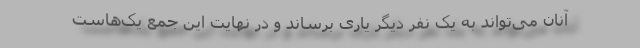
آنان می‌تواند به یک نفر دیگر یاری برساند و در نهایت این جمع یک‌هاست